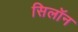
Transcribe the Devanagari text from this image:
सिलॉन